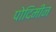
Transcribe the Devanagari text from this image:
पोदिमीन